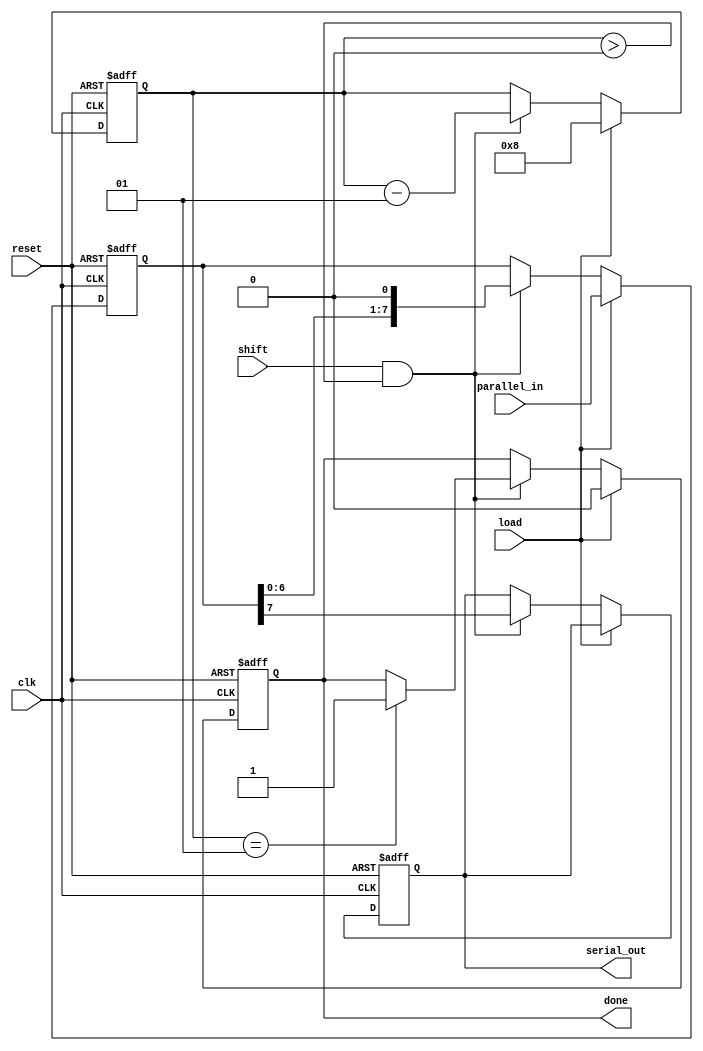
module PISO_Register #(
    parameter WIDTH = 8  // Configurable width of the parallel input
)(
    input wire clk,          // Clock signal
    input wire reset,        // Reset signal
    input wire load,         // Load control signal
    input wire shift,        // Shift control signal
    input wire [WIDTH-1:0] parallel_in, // Parallel input data
    output reg serial_out,    // Serial output data
    output reg done          // Indicates when shifting is complete
);

    reg [WIDTH-1:0] shift_reg; // Shift register to hold the parallel data
    integer count;              // Counter to track the number of bits shifted out

    // Asynchronous reset and load operation
    always @(posedge clk or posedge reset) begin
        if (reset) begin
            shift_reg <= 0;     // Clear the shift register
            serial_out <= 0;    // Clear the serial output
            count <= 0;         // Reset the counter
            done <= 1;          // Indicate that shifting is complete
        end else begin
            if (load) begin
                shift_reg <= parallel_in; // Load parallel data into the shift register
                count <= WIDTH;           // Set counter to the width of the data
                done <= 0;                // Indicate that shifting is not complete
            end else if (shift && count > 0) begin
                serial_out <= shift_reg[WIDTH-1]; // Shift out the MSB
                shift_reg <= shift_reg << 1; // Shift left
                count <= count - 1;       // Decrement the counter
                if (count == 1) begin
                    done <= 1;            // Indicate that shifting is complete
                end
            end
        end
    end

endmodule